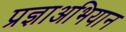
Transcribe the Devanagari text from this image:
प्रज्ञाअभियान